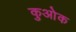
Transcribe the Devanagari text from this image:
कुओक